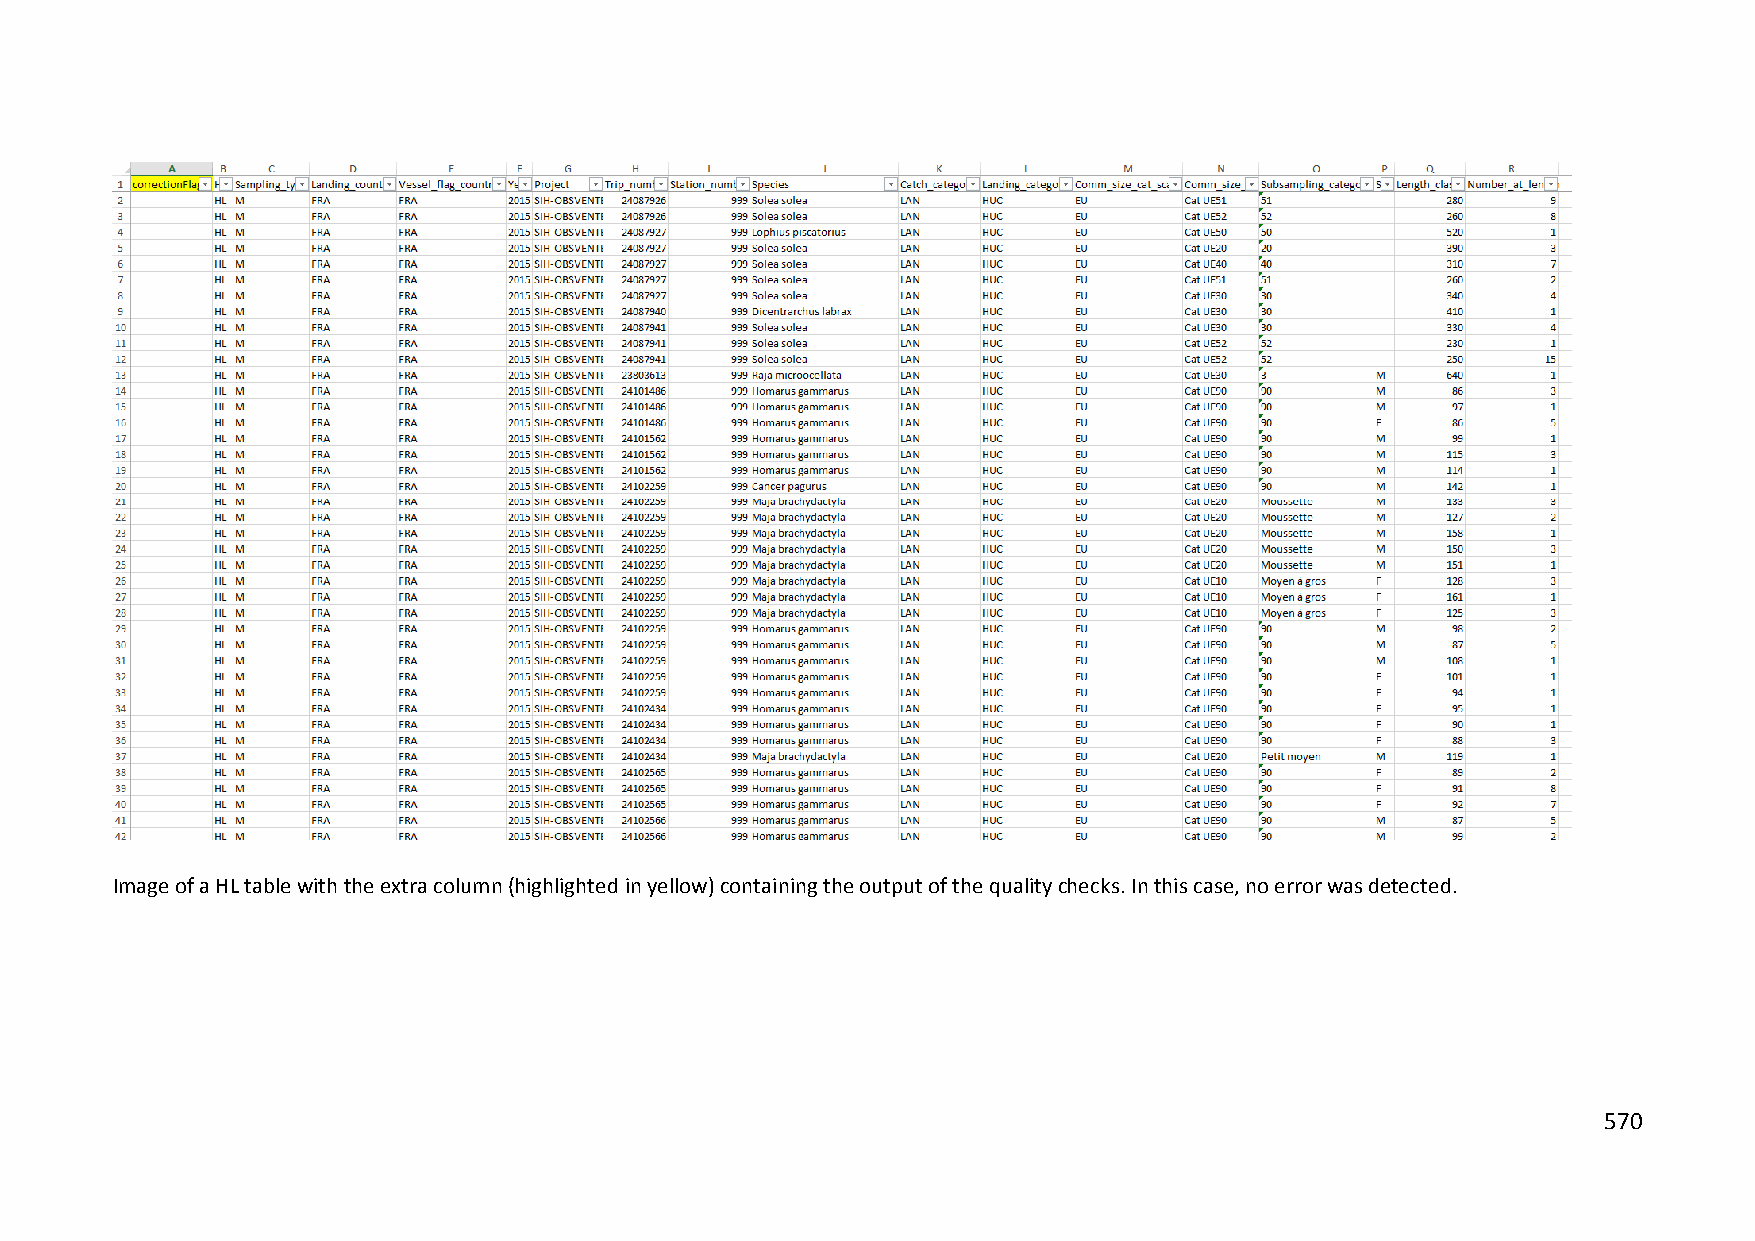
Image of a HL table with the extra column (highlighted in yellow) containing the output of the quality checks. In this case, no error was detected.
 570